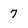
Character: 7